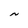
Character: N